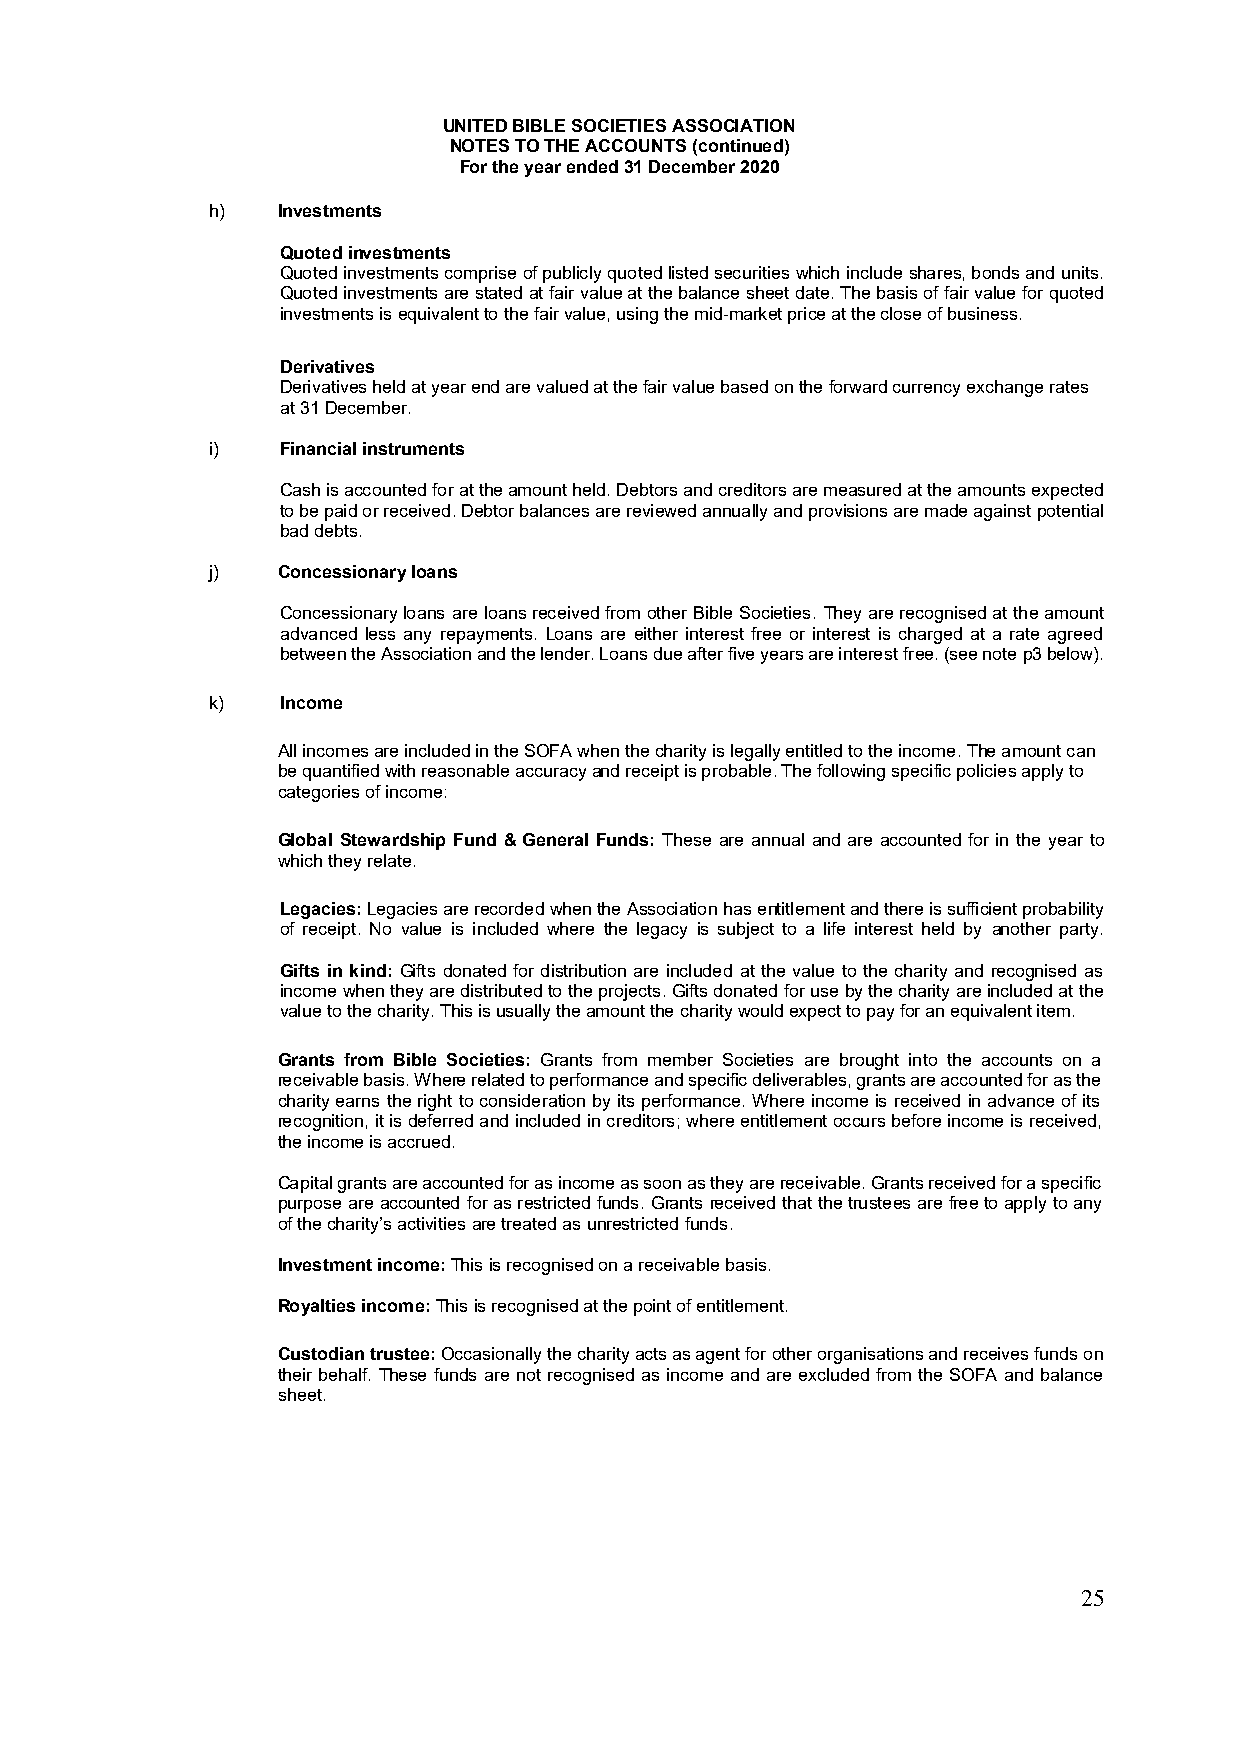
UNITED BIBLE SOCIETIES ASSOCIATION
 NOTES TO THE ACCOUNTS (continued)
 For the year ended 31 December 2020
 h)  Investments
 Quoted investments
 Quoted investments comprise of publicly quoted listed securities which include shares, bonds and units.
 Quoted investments are stated at fair value at the balance sheet date. The basis of fair value for quoted
 investments is equivalent to the fair value, using the mid-market price at the close of business.
 Derivatives
 Derivatives held at year end are valued at the fair value based on the forward currency exchange rates
 at 31 December.
 i)   Financial instruments
 Cash is accounted for at the amount held. Debtors and creditors are measured at the amounts expected
 to be paid or received. Debtor balances are reviewed annually and provisions are made against potential
 bad debts.
 j)  Concessionary loans
 Concessionary loans are loans received from other Bible Societies. They are recognised at the amount
 advanced less any repayments. Loans are either interest free or interest is charged at a rate agreed
 between the Association and the lender. Loans due after five years are interest free. (see note p3 below).
 k)   Income
 All incomes are included in the SOFA when the charity is legally entitled to the income. The amount can
 be quantified with reasonable accuracy and receipt is probable. The following specific policies apply to
 categories of income:
 Global Stewardship Fund & General Funds: These are annual and are accounted for in the year to
 which they relate.
 Legacies: Legacies are recorded when the Association has entitlement and there is sufficient probability
 of receipt. No value is included where the legacy is subject to a life interest held by another party.
 Gifts in kind: Gifts donated for distribution are included at the value to the charity and recognised as
 income when they are distributed to the projects. Gifts donated for use by the charity are included at the
 value to the charity. This is usually the amount the charity would expect to pay for an equivalent item.
 Grants from Bible Societies: Grants from member Societies are brought into the accounts on a
 receivable basis. Where related to performance and specific deliverables, grants are accounted for as the
 charity earns the right to consideration by its performance. Where income is received in advance of its
 recognition, it is deferred and included in creditors; where entitlement occurs before income is received,
 the income is accrued.
 Capital grants are accounted for as income as soon as they are receivable. Grants received for a specific
 purpose are accounted for as restricted funds. Grants received that the trustees are free to apply to any
 of the charity’s activities are treated as unrestricted funds.
 Investment income: This is recognised on a receivable basis.
 Royalties income: This is recognised at the point of entitlement.
 Custodian trustee: Occasionally the charity acts as agent for other organisations and receives funds on
 their behalf. These funds are not recognised as income and are excluded from the SOFA and balance
 sheet.
 25